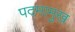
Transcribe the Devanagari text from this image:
पदमामुख